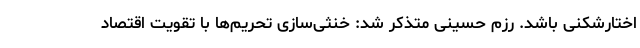
اختارشکنی باشد. رزم حسینی متذکر شد: خنثی‌سازی تحریم‌ها با تقویت اقتصاد